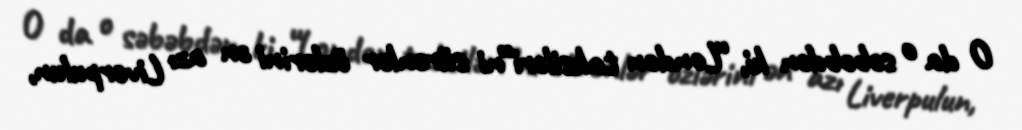
O da o səbəbdən ki, “London taksiləri”ni sürənlər özlərini ən azı Liverpulun,